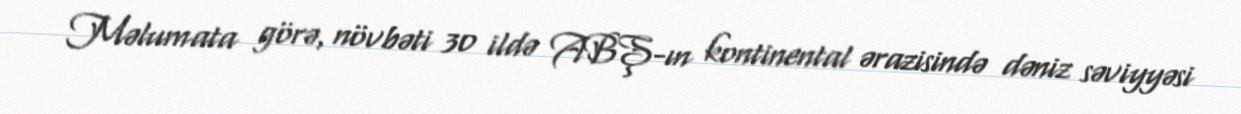
Məlumata görə, növbəti 30 ildə ABŞ-ın kontinental ərazisində dəniz səviyyəsi